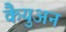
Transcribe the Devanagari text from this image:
कैयुअन